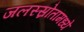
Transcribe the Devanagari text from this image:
जलस्स्रोतांमध्ये